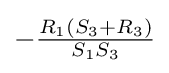
-{\tfrac {R_{1}(S_{3}+R_{3})}{S_{1}S_{3}}}